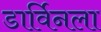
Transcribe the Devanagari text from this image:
डार्विनला